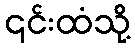
၎င်းထံသို့